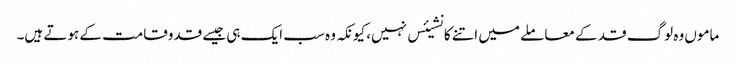
ماموں وہ لوگ قد کے معاملے میں اتنے کانشیئس نہیں، کیونکہ وہ سب ایک ہی جیسے قدوقامت کے ہوتے ہیں۔